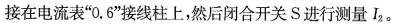
接在电流表”0.6”接线柱上，然后闭合开关S进行测量I_{2}。